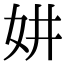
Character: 妌